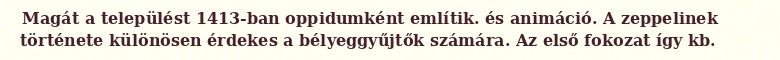
Magát a települést 1413-ban oppidumként említik. és animáció. A zeppelinek története különösen érdekes a bélyeggyűjtők számára. Az első fokozat így kb.